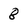
Character: 8